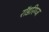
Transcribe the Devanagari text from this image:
रॉडरिग्ज